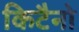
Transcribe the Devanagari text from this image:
किटैनो